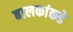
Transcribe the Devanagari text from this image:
बालकांकडे